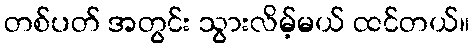
တစ်ပတ် အတွင်း သွားလိမ့်မယ် ထင်တယ်။